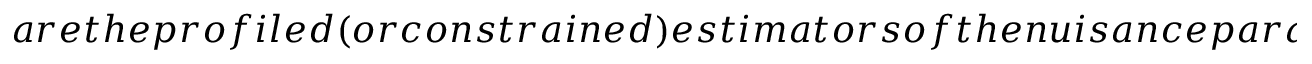
a r e t h e p r o f i l e d ( o r c o n s t r a i n e d ) e s t i m a t o r s o f t h e n u i s a n c e p a r a m e t e r s , g i v e n b y t h e v a l u e s o f